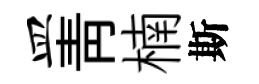
皿青楠斯